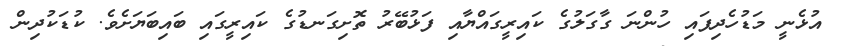
އުޅެނީ މަޑުހެދިފައި ހުންނަ ގާގަލުގެ ކައިރީގައްޔާއި ފަޅުބޭރު ތޮށިގަނޑުގެ ކައިރީގައި ބައިބަޔަށެވެ. ކުޑަކުދިން